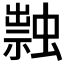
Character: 𧑎